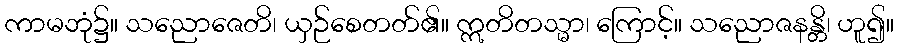
ကာမဘုံ၌။ သညောဇေတိ၊ ယှဉ်စေတတ်၏။ ဣတိတသ္မာ၊ ကြောင့်။ သညောဇနန္တိ၊ ဟူ၍။